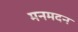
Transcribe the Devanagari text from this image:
मनमदन